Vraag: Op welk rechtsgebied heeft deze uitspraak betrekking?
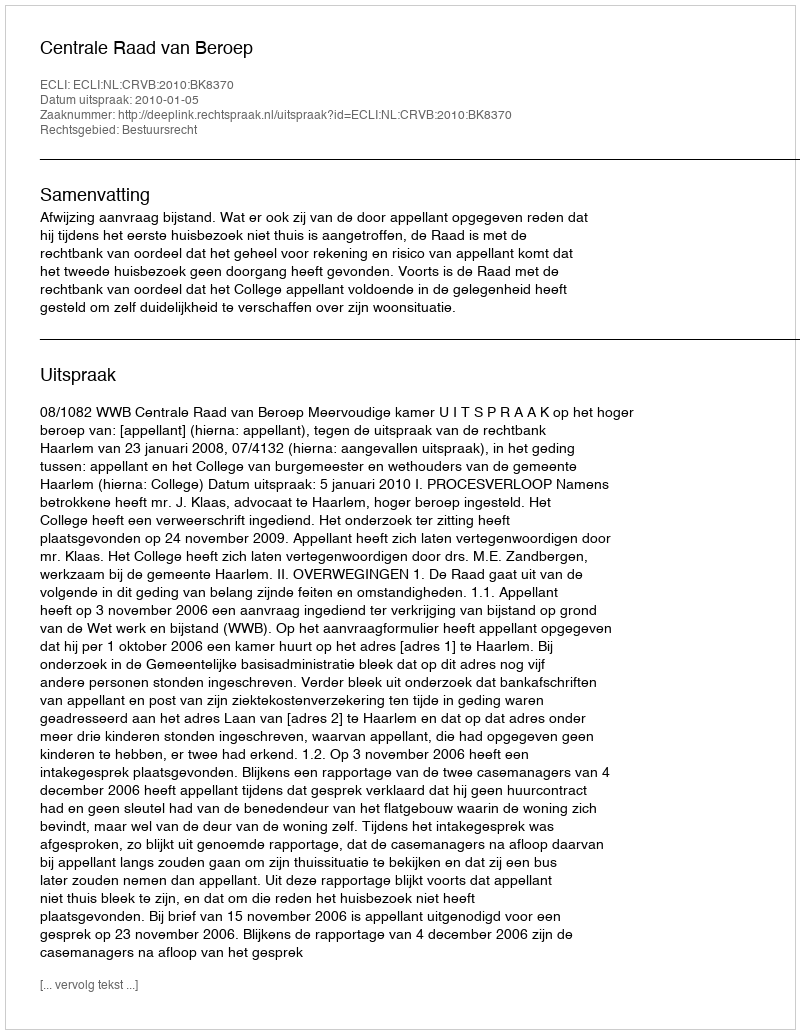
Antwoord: Bestuursrecht